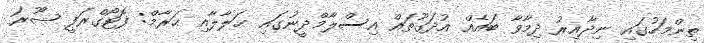
ތިންމަހުގައި ނިދާއިރު ދިމާވާ ބައެއް އުދަގޫތައް އިސްލާމްދީނުގައި ޙަލާލާއި ޙަރާމް: ފޮޓޯގްރަފީ ޞޫރަ